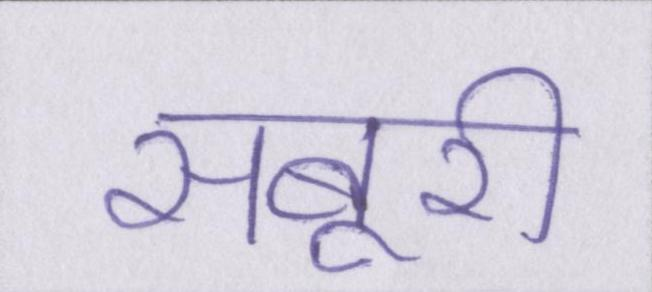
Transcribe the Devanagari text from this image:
सबूरी